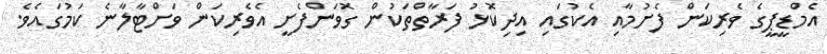
އެމްޑީޕީގެ ވެރިކަން ފެށުމާއި އެކުގައި އިދިކޮޅު ފަރާތްތަކުން ގޮވަންފެށީ އެވެރިކަން ވަށްޓާލާނެ ކަމުގައެވެ.